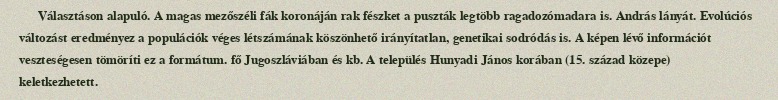
Választáson alapuló. A magas mezőszéli fák koronáján rak fészket a puszták legtöbb ragadozómadara is. András lányát. Evolúciós változást eredményez a populációk véges létszámának köszönhető irányítatlan, genetikai sodródás is. A képen lévő információt veszteségesen tömöríti ez a formátum. fő Jugoszláviában és kb. A település Hunyadi János korában (15. század közepe) keletkezhetett.